Manual of the Civil Veterinary Department, Central Provinces and Berar
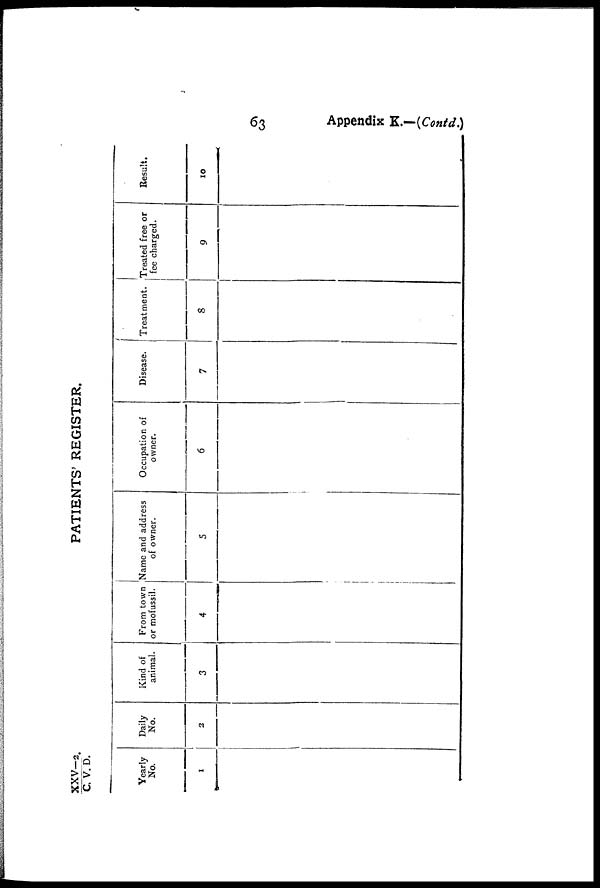
63
Appendix K.—(Contd.)
XXV—2./C.
V. D.
PATIENTS REGISTER.
Yearly
No.
1
Daily
No.
2
Kind of
animal.
3
From town
or mofussil.
4
Name and address
of owner.
5
Occupation of
owner.
6
Disease.
7
Treatment.
8
Treated free or
fee charged.
9
Result.
10